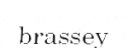
brassey